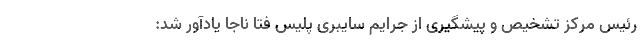
رئیس مرکز تشخیص و پیشگیری از جرایم سایبری پلیس فتا ناجا یادآور شد: